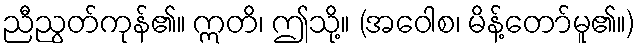
ညီညွတ်ကုန်၏။ ဣတိ၊ ဤသို့။ (အဝေါစ၊ မိန့်တော်မူ၏။)